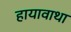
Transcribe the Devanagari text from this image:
हायावाथा